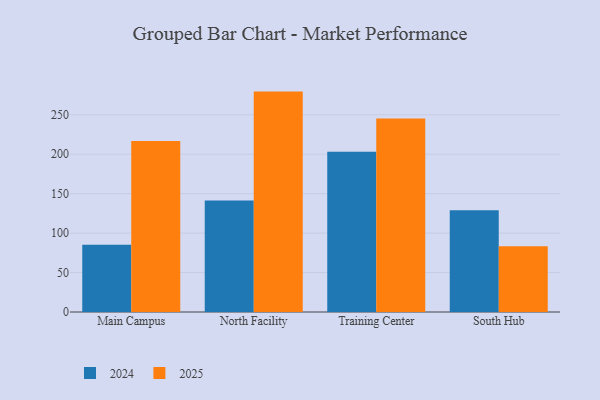
{"axis": {"x": "Campus", "y": "Shipments"}, "legend": ["2024", "2025"], "data": [{"x": "Main Campus", "y": 85.3, "type": "2024"}, {"x": "Main Campus", "y": 216.9, "type": "2025"}, {"x": "North Facility", "y": 141.4, "type": "2024"}, {"x": "North Facility", "y": 279.4, "type": "2025"}, {"x": "Training Center", "y": 203.3, "type": "2024"}, {"x": "Training Center", "y": 245.3, "type": "2025"}, {"x": "South Hub", "y": 128.9, "type": "2024"}, {"x": "South Hub", "y": 83.2, "type": "2025"}]}